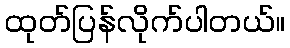
ထုတ်ပြန်လိုက်ပါတယ်။